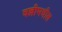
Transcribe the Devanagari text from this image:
वल्लीमधील